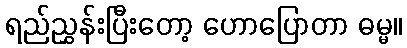
ရည်ညွှန်းပြီးတော့ ဟောပြောတာ ဓမ္မ။